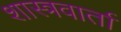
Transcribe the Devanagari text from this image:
शास्त्रवार्ता